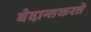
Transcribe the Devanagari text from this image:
वेदान्तकरते